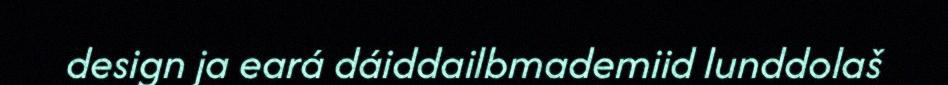
design ja eará dáiddailbmademiid lunddolaš